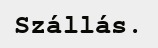
Szállás.